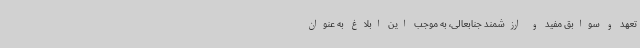
تعهد و سوابق مفید و ارزشمند جنابعالی، به موجب این ابلاغ به عنوان